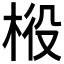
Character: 𣒃